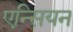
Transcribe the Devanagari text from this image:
एन्सियन